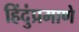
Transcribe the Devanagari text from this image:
हिंदुंप्रमाणे